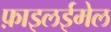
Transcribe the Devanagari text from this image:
फ़ाइलईमेल